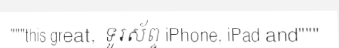
"""this great, ទូរស័ព្ទ iPhone, iPad and"""